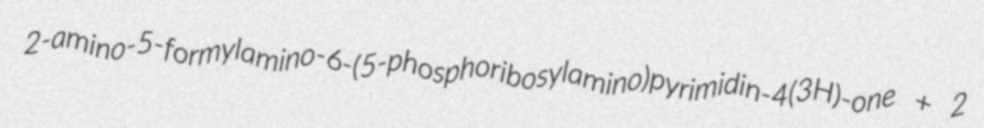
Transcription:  2-amino-5-formylamino-6-(5-phosphoribosylamino)pyrimidin-4(3H)-one + 2